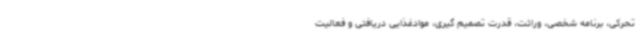
تحرکی، برنامه شخصی، وراثت، قدرت تصمیم گیری، موادغذایی دریافتی و فعالیت